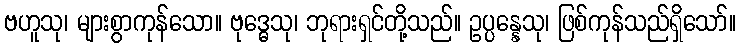
ဗဟူသု၊ များစွာကုန်သော။ ဗုဒ္ဓေသု၊ ဘုရားရှင်တို့သည်။ ဥပ္ပန္နေသု၊ ဖြစ်ကုန်သည်ရှိသော်။